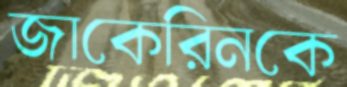
জাকেরিনকে